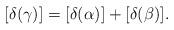
LaTeX: \begin{align*}[\delta(\gamma)] = [\delta(\alpha)] + [\delta(\beta)].\end{align*}